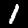
Label: 1